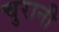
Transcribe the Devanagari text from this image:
चुरानी